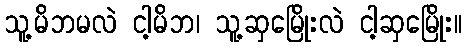
သူ့မိဘမလဲ ငါ့မိဘ၊ သူ့ဆှမြေိုးလဲ ငါ့ဆှမြေိုး။